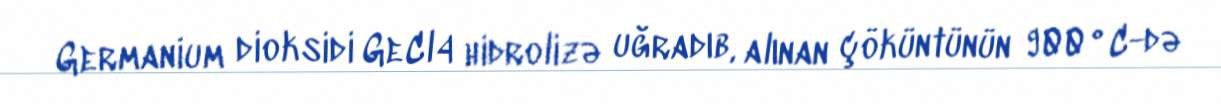
Germanium dioksidi GeCl4 hidrolizə uğradıb, alınan çöküntünün 900°C-də